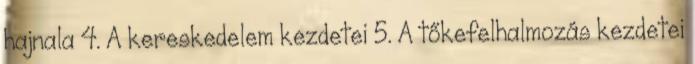
hajnala 4. A kereskedelem kezdetei 5. A tőkefelhalmozás kezdetei